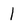
Character: l